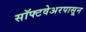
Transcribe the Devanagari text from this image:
सॉफ्टवेअरपासून